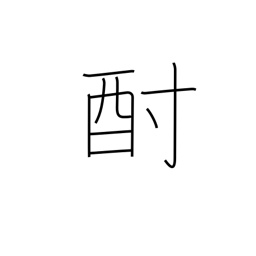
Meaning: sake